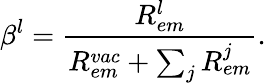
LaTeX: \beta^{l}=\frac{R_{em}^{l}}{R_{em}^{vac}+\sum_{j}R_{em}^{j}}.